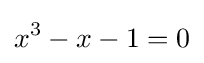
x^{3}-x-1=0